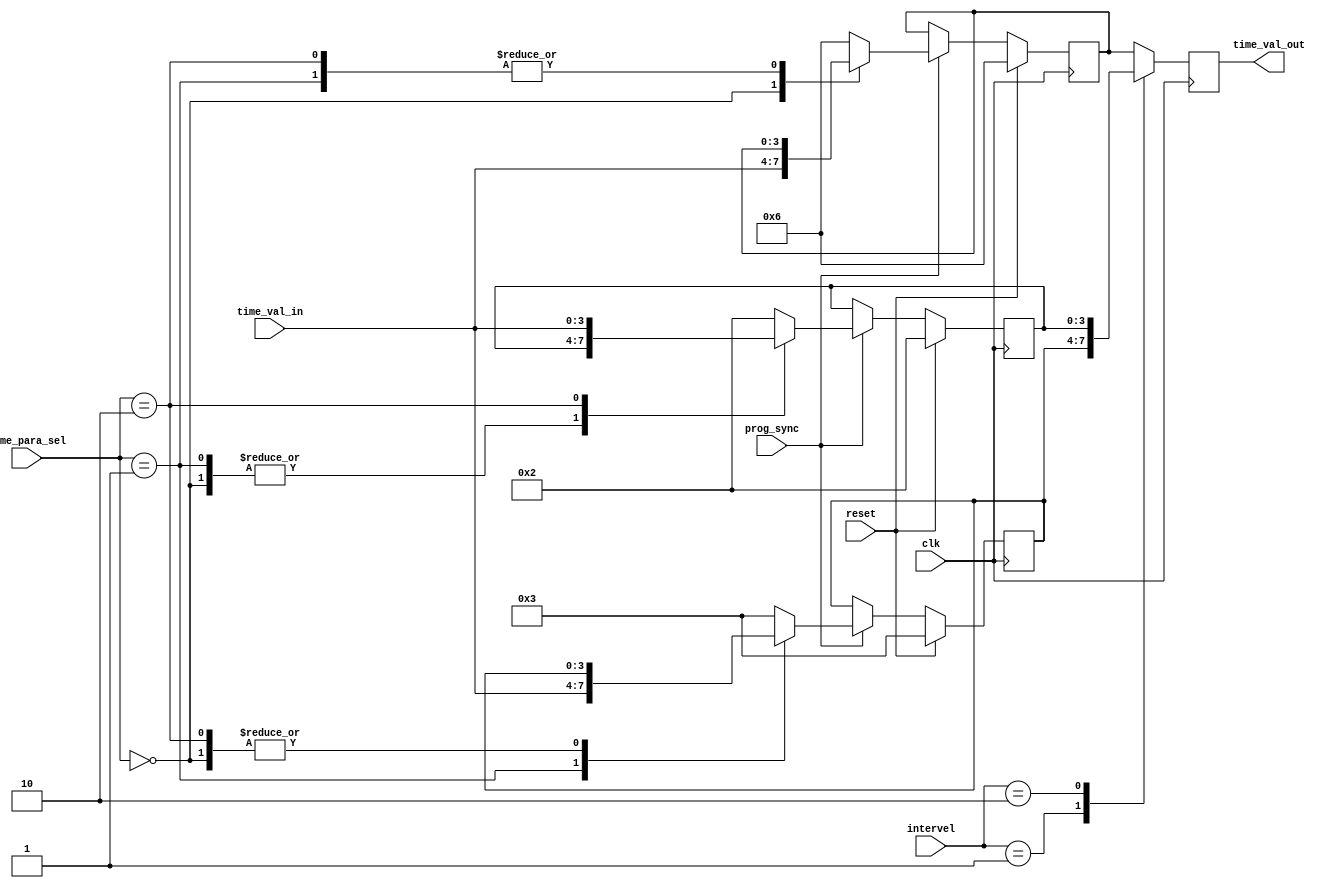
module time_para (clk, reset, time_para_sel, time_val_in , prog_sync, intervel, time_val_out );

	input clk, reset, prog_sync;
	input [1:0]  time_para_sel, intervel;
	input [3:0] time_val_in;

	output [3:0] time_val_out;

	reg [3:0] time_val_out;

	parameter default_tbase = 4'b0110;    // default time values
	parameter default_text = 4'b0011;
	parameter default_tyel = 4'b0010;

	reg [3:0] tbase,text, tyel;            // reg for time values
 
 
	always @ (posedge clk)
		begin 
  
		if (reset == 1) 
			begin
			tbase <= default_tbase;
			text <= default_text;
			tyel <= default_tyel;
		end 
		
		else if (prog_sync == 1)
			begin
			case ( time_para_sel)
				2'b00 : tbase <= time_val_in;
				2'b01 : text <= time_val_in;
				2'b10 : tyel <= time_val_in;
				default :begin
					tbase <= default_tbase;
					text <= default_text;
					tyel <= default_tyel;
				end
			endcase    
		end
	end


    
	always @ (posedge clk)
		begin : val_out
    
		case ( intervel)
			2'b00 : time_val_out <= tbase;
			2'b01 : time_val_out <= text;
			2'b10 : time_val_out <= tyel;
			default: time_val_out <= tbase;
       
		endcase    
	end
   


endmodule